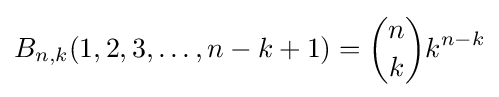
B_{n,k}(1,2,3,\ldots ,n-k+1)={\binom {n}{k}}k^{n-k}